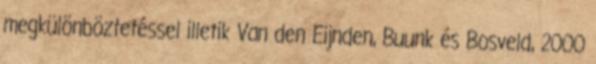
megkülönböztetéssel illetik Van den Eijnden, Buunk és Bosveld, 2000